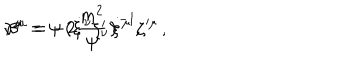
\nu ^ { \mu } = \psi \, \big ( \dot { \xi } { ^ \nu } \zeta _ { \nu } ^ { \prime } \big ) ^ { - 1 } \zeta { ^ { \prime \mu } } \, , \hspace { 1 c m } \beta ^ { \mu } = - 2 { \frac { m ^ { 2 } } { \psi } } \, \dot { \xi } { ^ \mu } \, ,